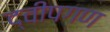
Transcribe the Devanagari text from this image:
द्वीपगण